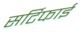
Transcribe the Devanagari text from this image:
सर्टिफाई